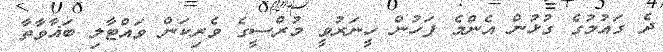
ދެ ގައުމުގެ ގުޅުން އެންމެ ފަހުން ހީނަރުވީ މުރްސީގެ ވެރިކަން ވައްޓާލި ބަޣާވާތާ